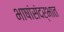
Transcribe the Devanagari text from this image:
भाषांसंदर्भात